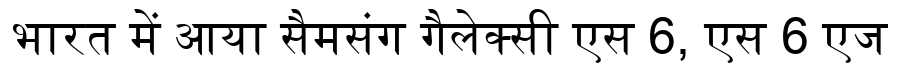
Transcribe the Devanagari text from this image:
भारत में आया सैमसंग गैलेक्सी एस 6, एस 6 एज